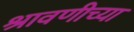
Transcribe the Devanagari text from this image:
श्रावणीच्या